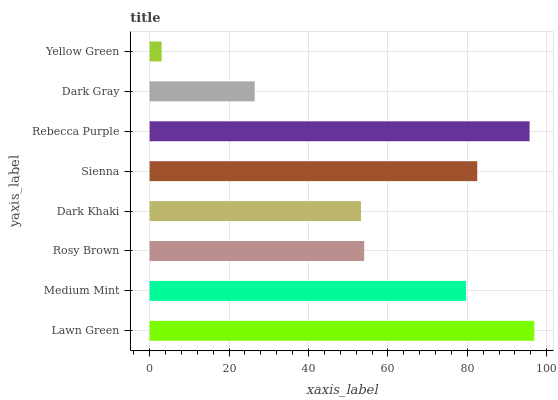
| yaxis_label | bars |
 | --- | --- |
 | Lawn Green | 96.9 |
 | Medium Mint | 79.7 |
 | Rosy Brown | 54 |
 | Dark Khaki | 53.2 |
 | Sienna | 82.5 |
 | Rebecca Purple | 95.7 |
 | Dark Gray | 26.5 |
 | Yellow Green | 3.03 |